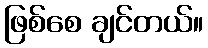
ဖြစ်စေ ချင်တယ်။